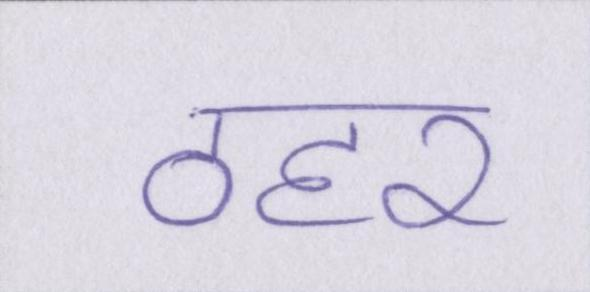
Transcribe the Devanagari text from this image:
ठहर